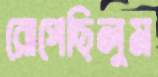
রোপেছিলুম